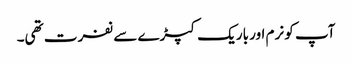
آپ کو نرم اور باریک کپڑے سے نفرت تھی۔